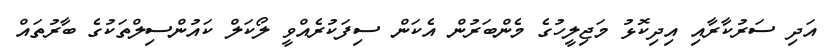
އަދި ސަރުކާރާއި އިދިކޮޅު މަޖިލީހުގެ މެންބަރުން އެކަން ސިފަކުރެއްވީ ލޯކަލް ކައުންސިލްތަކުގެ ބާރުތައް